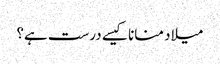
میلاد منانا کیسے درست ہے؟